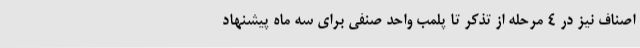
اصناف نیز در 4 مرحله از تذکر تا پلمب واحد صنفی برای سه ماه پیشنهاد